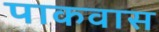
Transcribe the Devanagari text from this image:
पाकवास